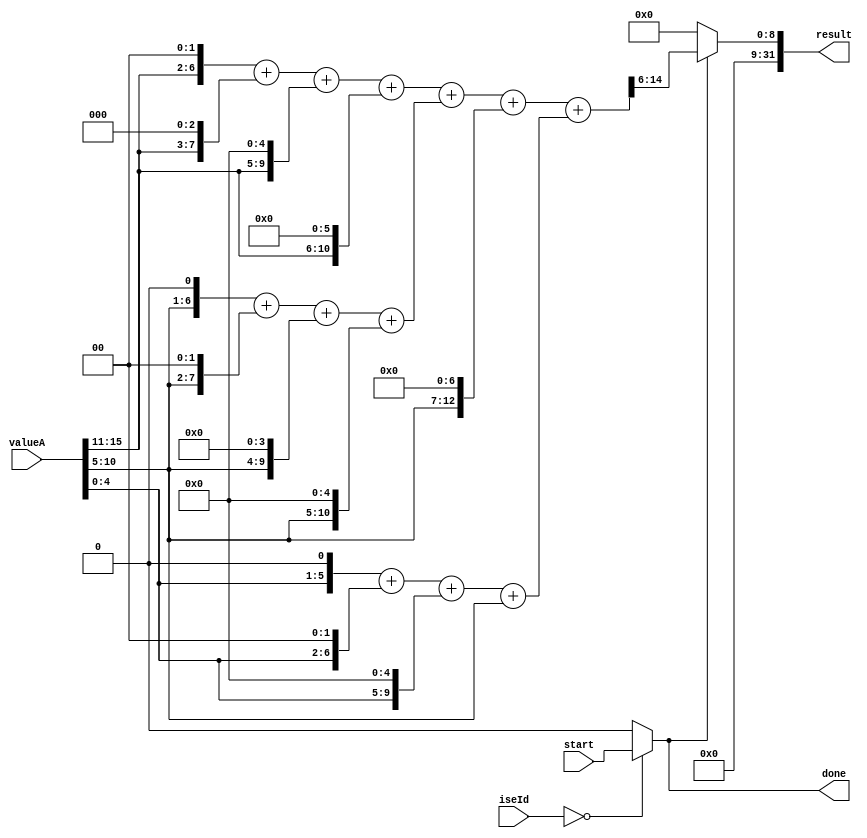
module rgb565GrayscaleIse #(parameter [7 : 0] customId = 8'h0)
    (input wire start,
    input wire [31:0] valueA,
    input wire [7:0] iseId,
    output wire done,
    output reg [31:0] result);

    //output = (54 * red + 183 * green + 19 * blue) / 256, or >> 8
    wire [31:0] s_result;

    wire s_isMyCi = (iseId == customId) ? start : 1'b0;
    
    wire [6:0] R = {valueA[15:11], 1'b0};
    wire [6:0] G = valueA[10:5];
    wire [6:0] B = {valueA[4:0], 1'b0};

    wire [15:0] Rmult;
    wire [15:0] Gmult;
    wire [15:0] Bmult;

    //54 = 110110 - 4 values
    //183 = 10110111 - 6 values
    //19 = 10011 - 3 values

    assign Rmult = (R << 1) + (R << 2) + (R << 4) + (R << 5);
    assign Gmult = (G << 1) + (G << 2) + (G << 4) + (G << 5);
    assign Bmult = B + (B << 1) + (B << 4) + G;
    assign s_result = Rmult + Gmult + (G<<7) + Bmult;
    
    always @*
    if (s_isMyCi == 1'b0) result <= 32'h0;
    else result <= s_result[15:6];
    
    //assign result = (s_isMyCi == 1'b1) ? s_result[15:8] : 32'h0;
        
    assign done = s_isMyCi;//(iseId == customId && start == 1'b1) ? 1'b1 : 1'b0;
endmodule